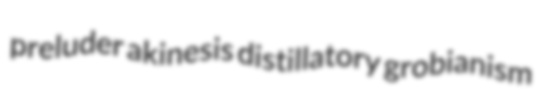
preluder akinesis distillatory grobianism